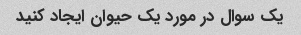
یک سوال در مورد یک حیوان ایجاد کنید